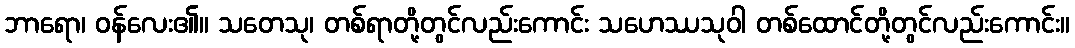
ဘာရော၊ ဝန်လေး၏။ သတေသု၊ တစ်ရာတို့တွင်လည်းကောင်း သဟေဿသုဝါ တစ်ထောင်တို့တွင်လည်းကောင်း။